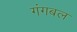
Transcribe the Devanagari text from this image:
गंगबल